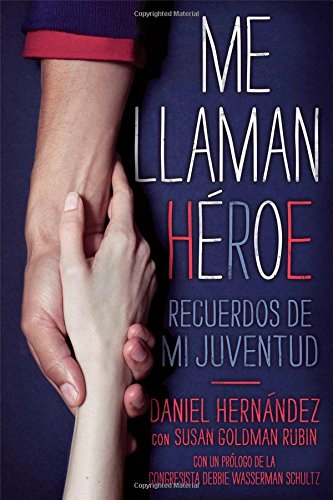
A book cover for Me llaman hÃ©roe (They Call Me a Hero): Recuerdos de mi juventud (Spanish Edition); Daniel Hernandez; Teen & Young Adult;